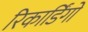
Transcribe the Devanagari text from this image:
रिकार्डिंगों